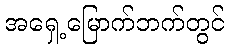
အရှေ့မြောက်ဘက်တွင်